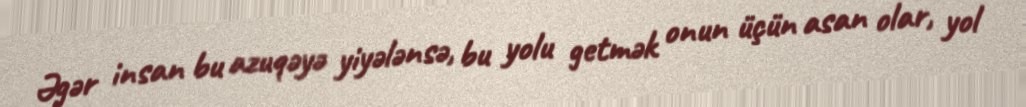
Əgər insan bu azuqəyə yiyələnsə, bu yolu getmək onun üçün asan olar, yol